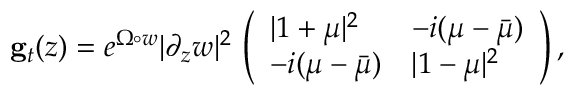
{ \bf g } _ { t } ( z ) = e ^ { \Omega \circ w } | \partial _ { z } w | ^ { 2 } \, \left( \begin{array} { l l } { | 1 + \mu | ^ { 2 } } & { - i ( \mu - \bar { \mu } ) } \\ { - i ( \mu - \bar { \mu } ) } & { | 1 - \mu | ^ { 2 } } \end{array} \right) ,